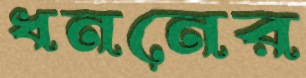
ধননের